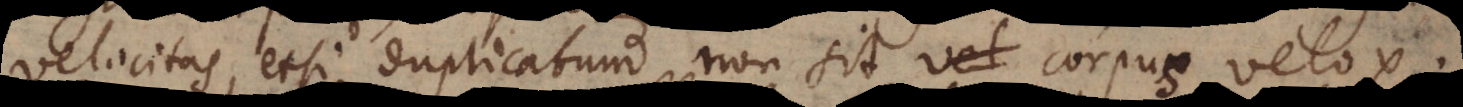
velocitas, etsi duplicatum non sit corpus velox.